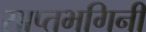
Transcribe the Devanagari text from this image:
साप्तभगिनी